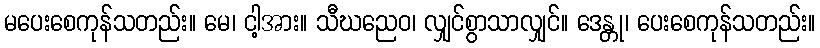
မပေးစေကုန်သတည်း။ မေ၊ ငါ့အား။ သီဃညေဝ၊ လျှင်စွာသာလျှင်။ ဒေန္တု၊ ပေးစေကုန်သတည်း။